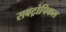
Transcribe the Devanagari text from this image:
सबट्रोपिकल